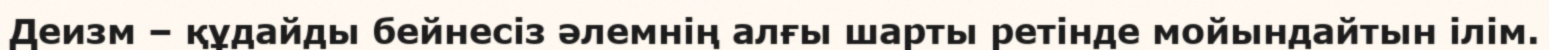
Деизм – құдайды бейнесіз әлемнің алғы шарты ретінде мойындайтын ілім.